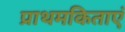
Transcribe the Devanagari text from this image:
प्राथमकिताएं